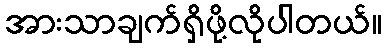
အားသာချက်ရှိဖို့လိုပါတယ်။